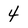
Character: 4